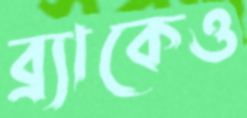
ব্র্যাকেও